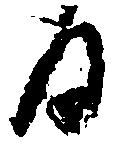
る